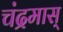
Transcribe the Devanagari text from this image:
चंद्रमास्